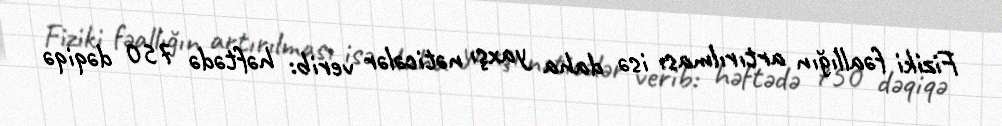
Fiziki fəallığın artırılması isə daha yaxşı nəticələr verib: həftədə 750 dəqiqə